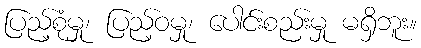
ပြည့်စုံမှု၊ ပြည့်ဝမှု၊ ပေါင်းစည်းမှု မရှိဘူး။